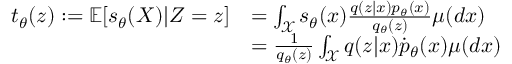
\begin{array} { r l } { t _ { \theta } ( z ) : = { \mathbb E } [ s _ { \theta } ( X ) | Z = z ] } & { = \int _ { \mathcal X } s _ { \theta } ( x ) \frac { q ( z | x ) p _ { \theta } ( x ) } { { q } _ { \theta } ( z ) } \mu ( d x ) } \\ & { = \frac { 1 } { { q } _ { \theta } ( z ) } \int _ { \mathcal X } q ( z | x ) \dot { p } _ { \theta } ( x ) \mu ( d x ) } \end{array}